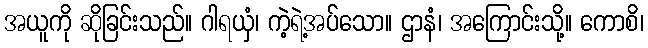
အယူကို ဆိုခြင်းသည်။ ဂါရယှံ၊ ကဲ့ရဲ့အပ်သော။ ဌာနံ၊ အကြောင်းသို့။ ကောစိ၊